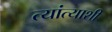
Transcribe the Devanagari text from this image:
त्यांत्याशी